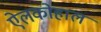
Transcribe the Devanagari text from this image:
ऐलकोहाल